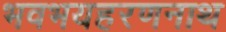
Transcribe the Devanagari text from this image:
भवभयहरणनाथ